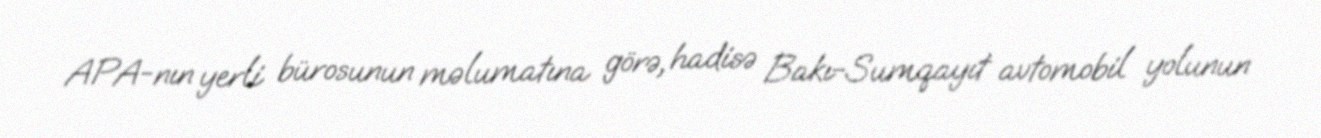
APA-nın yerli bürosunun məlumatına görə, hadisə Bakı-Sumqayıt avtomobil yolunun